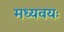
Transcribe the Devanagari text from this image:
मध्यवयः